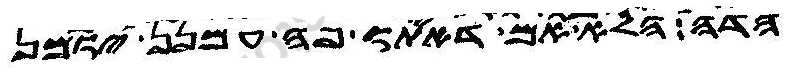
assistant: הדה הלא אם דאיתו פה הכה עמנן יומן